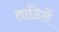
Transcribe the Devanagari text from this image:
ताडिलें